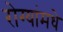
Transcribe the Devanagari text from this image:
रोग्यांमधे